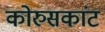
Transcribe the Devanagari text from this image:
कोरुसकांट